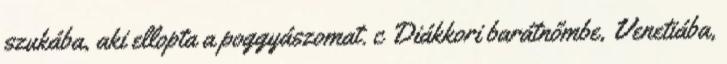
szukába, aki ellopta a poggyászomat. c Diákkori barátnőmbe, Venetiába,